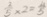
\frac { 2 } { 5 } \times 2 = \frac { 4 } { 5 }